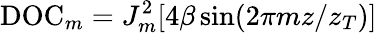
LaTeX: \mathrm{DOC}_{m}=J_{m}^{2}[4\beta\sin(2\pi mz/z_{T})]